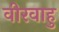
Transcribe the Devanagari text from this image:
वीरवाहु